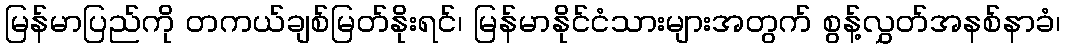
မြန်မာပြည်ကို တကယ်ချစ်မြတ်နိုးရင်၊ မြန်မာနိုင်ငံသားများအတွက် စွန့်လွှတ်အနစ်နာခံ၊